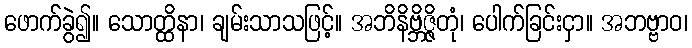
ဖောက်ခွဲ၍။ သောတ္ထိနာ၊ ချမ်းသာသဖြင့်။ အဘိနိဗ္ဘိဇ္ဇိတုံ၊ ပေါက်ခြင်းငှာ။ အဘဗ္ဗာဝ၊